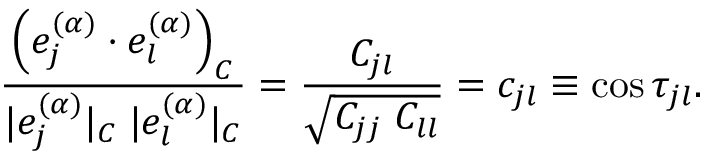
\frac { \left( e _ { j } ^ { ( \alpha ) } \cdot e _ { l } ^ { ( \alpha ) } \right) _ { C } } { | e _ { j } ^ { ( \alpha ) } | _ { C } \; | e _ { l } ^ { ( \alpha ) } | _ { C } } = \frac { C _ { j l } } { \sqrt { C _ { j j } \; C _ { l l } } } = c _ { j l } \equiv \cos \tau _ { j l } .